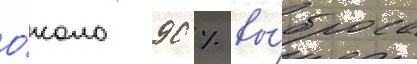
О́коло 90 % вы́броса